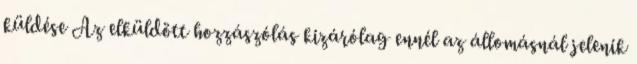
küldése Az elküldött hozzászólás kizárólag ennél az állomásnál jelenik